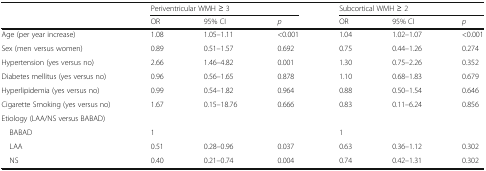
<table><thead><tr><td></td><td colspan="3"><b>Periventricular WMH ≥ 3</b></td><td colspan="3"><b>Subcortical WMH ≥ 2</b></td></tr><tr><td></td><td><b>OR</b></td><td><b>95% CI</b></td><td><b><i>p</i></b></td><td><b>OR</b></td><td><b>95% CI</b></td><td><b><i>p</i></b></td></tr></thead><tbody><tr><td>Age (per year increase)</td><td>1.08</td><td>1.05–1.11</td><td>&lt;0.001</td><td>1.04</td><td>1.02–1.07</td><td>&lt;0.001</td></tr><tr><td>Sex (men versus women)</td><td>0.89</td><td>0.51–1.57</td><td>0.692</td><td>0.75</td><td>0.44–1.26</td><td>0.274</td></tr><tr><td>Hypertension (yes versus no)</td><td>2.66</td><td>1.46–4.82</td><td>0.001</td><td>1.30</td><td>0.75–2.26</td><td>0.352</td></tr><tr><td>Diabetes mellitus (yes versus no)</td><td>0.96</td><td>0.56–1.65</td><td>0.878</td><td>1.10</td><td>0.68–1.83</td><td>0.679</td></tr><tr><td>Hyperlipidemia (yes versus no)</td><td>0.99</td><td>0.54–1.82</td><td>0.964</td><td>0.88</td><td>0.50–1.54</td><td>0.646</td></tr><tr><td>Cigarette Smoking (yes versus no)</td><td>1.67</td><td>0.15–18.76</td><td>0.666</td><td>0.83</td><td>0.11–6.24</td><td>0.856</td></tr><tr><td colspan="7">Etiology (LAA/NS versus BABAD)</td></tr><tr><td> BABAD</td><td>1</td><td></td><td></td><td>1</td><td></td><td></td></tr><tr><td> LAA</td><td>0.51</td><td>0.28–0.96</td><td>0.037</td><td>0.63</td><td>0.36–1.12</td><td>0.302</td></tr><tr><td> NS</td><td>0.40</td><td>0.21–0.74</td><td>0.004</td><td>0.74</td><td>0.42–1.31</td><td>0.302</td></tr></tbody></table>